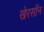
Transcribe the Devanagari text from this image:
खेरसॉन